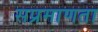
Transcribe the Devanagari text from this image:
सप्रमाणता